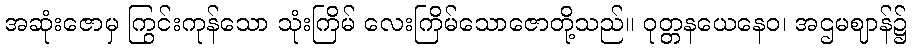
အဆုံးဇောမှ ကြွင်းကုန်သော သုံးကြိမ် လေးကြိမ်သောဇောတို့သည်။ ဝုတ္တနယေနေဝ၊ အဌမဈာန်၌